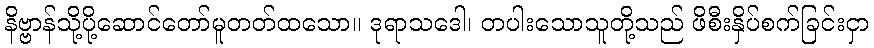
နိဗ္ဗာန်သို့ပို့ဆောင်တော်မူတတ်ထသော။ ဒုရာသဒေါ၊ တပါးသောသူတို့သည် ဖိစီးနှိပ်စက်ခြင်းငှာ